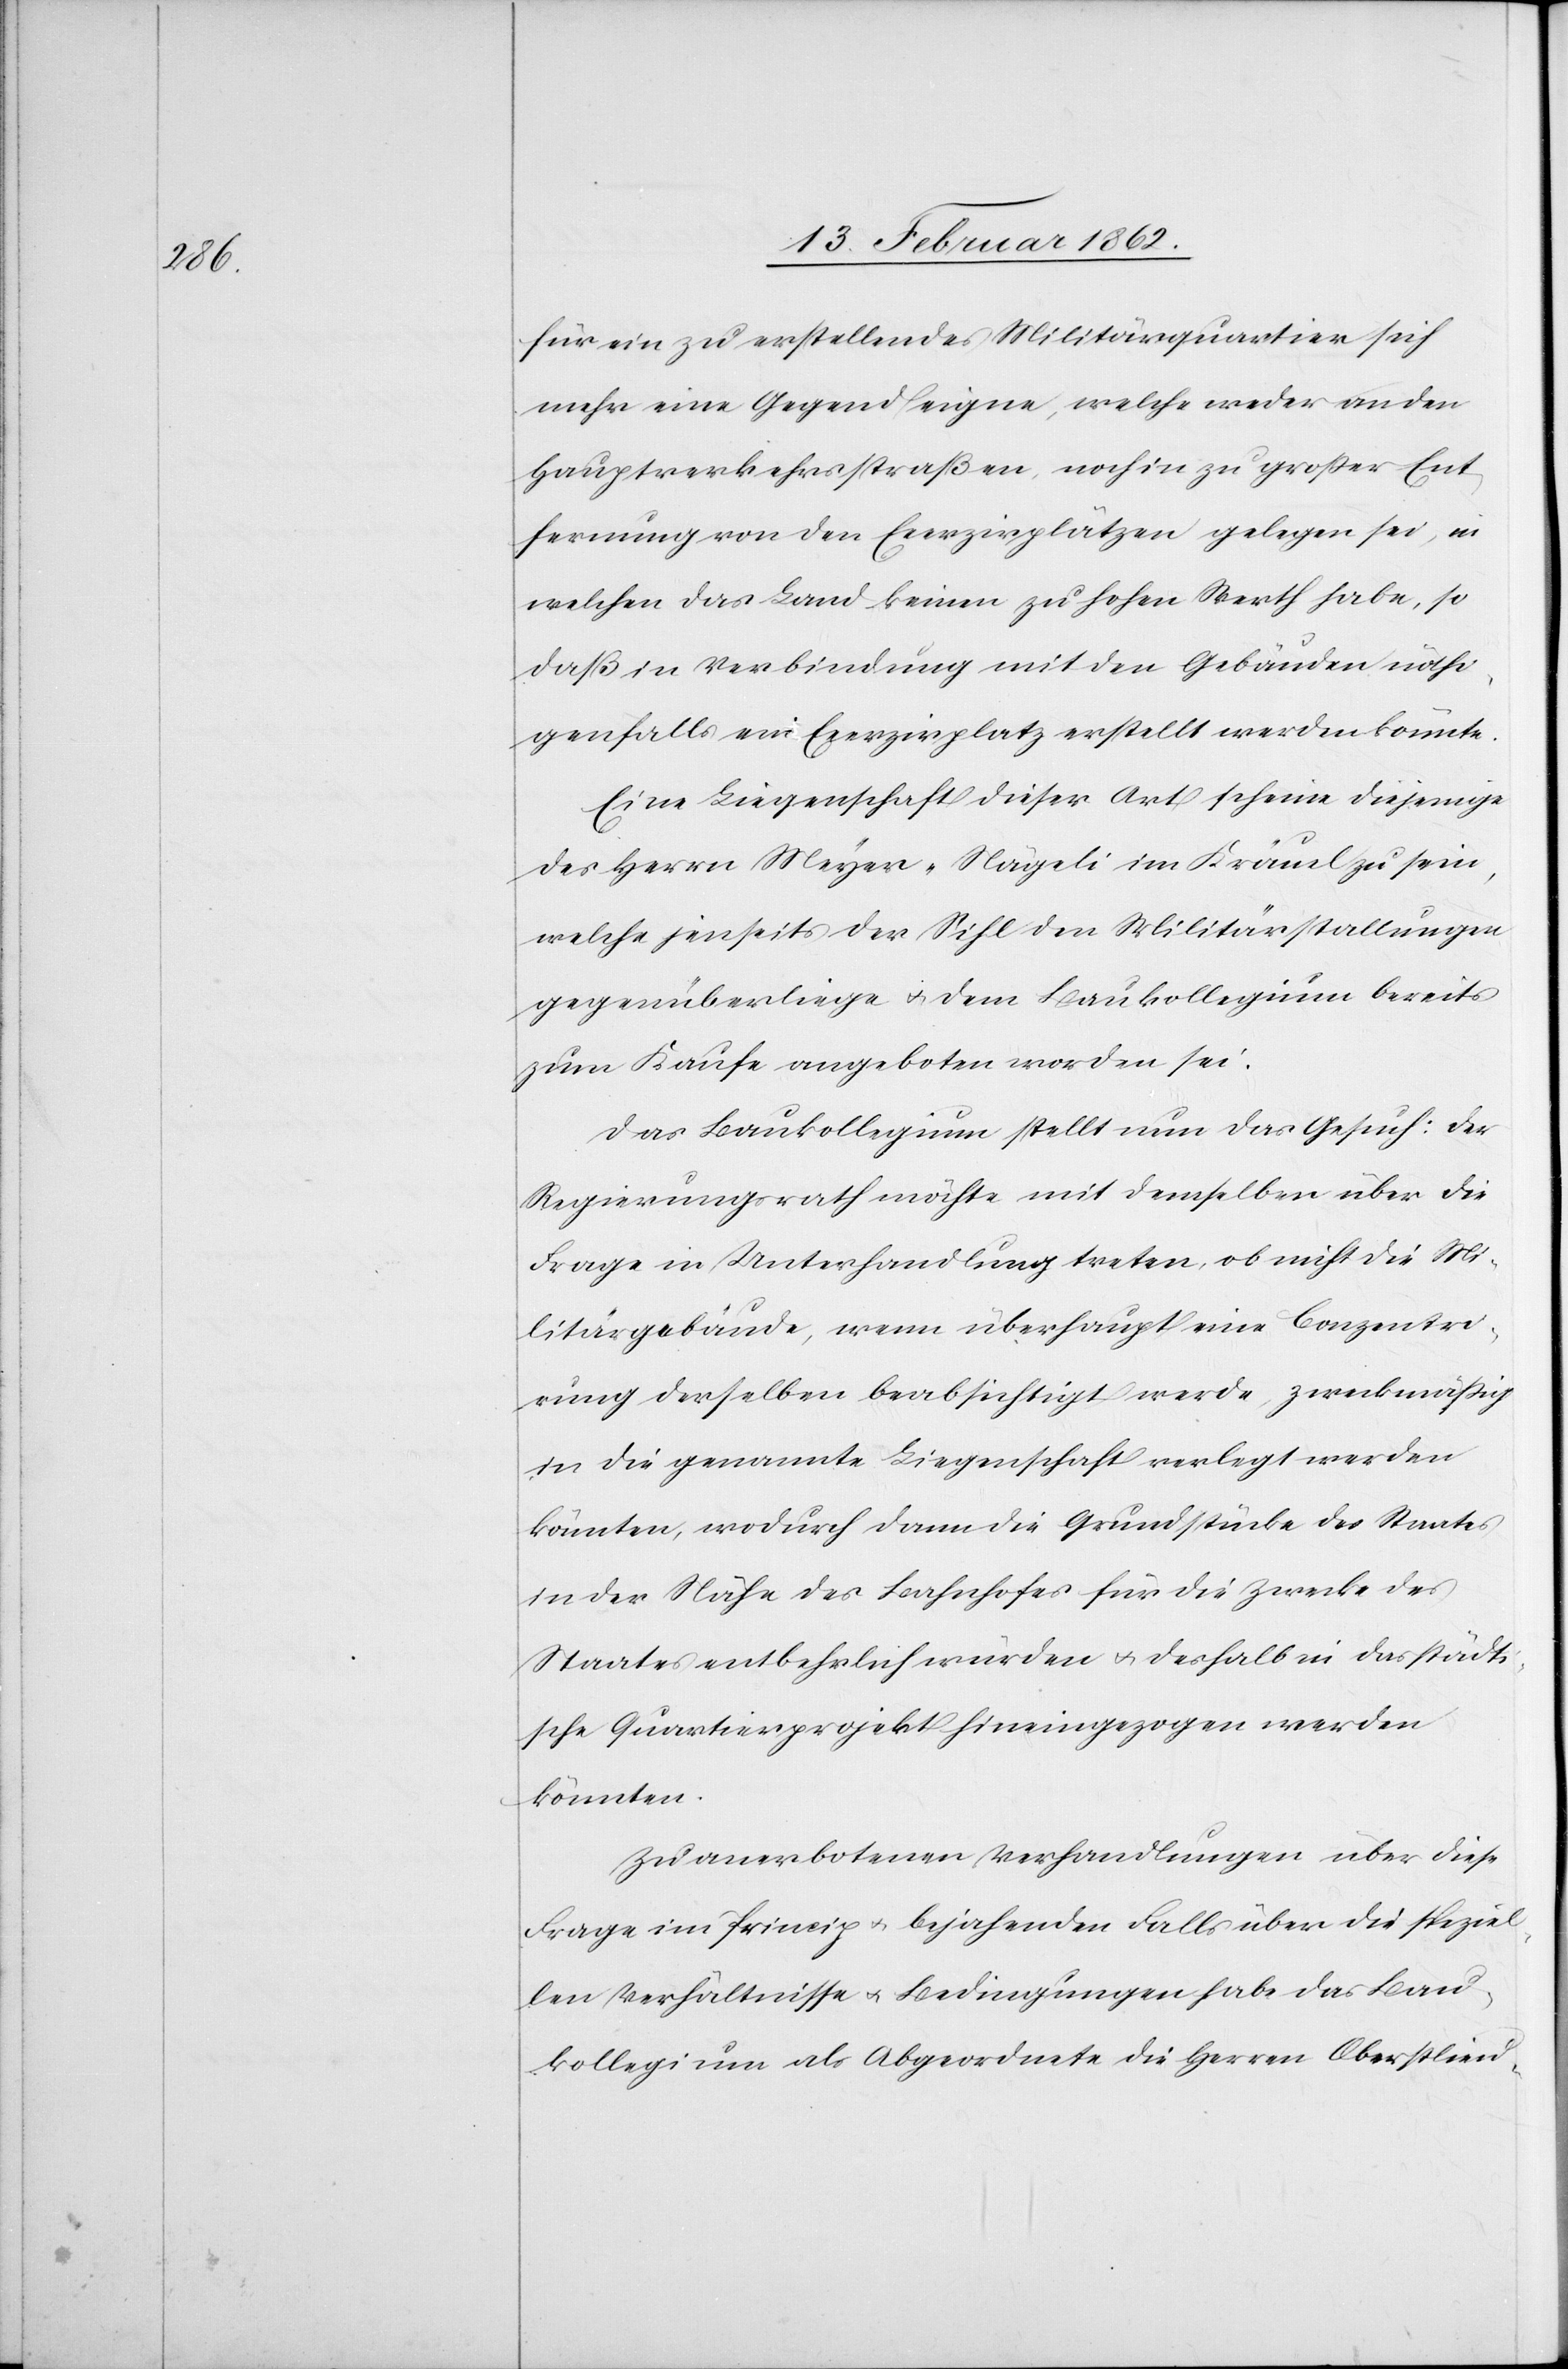
speziel¬

für ein zu erstellendes Militärquartier sich
mehr eine Gegend eigne, welche weder an den
Hauptverkehrsstraßen, noch in zu großer Ent¬
fernung von den Exerzirplätzen gelegen sei, in
welchen das Land keinen zu hohen Werth habe, so
daß in Verbindung mit den Gebäuden nöthi¬
genfalls ein Exerzirplatz erstellt werden könnte.
Eine Liegenschaft dieser Art scheine diejenige
des Herrn Meyer-Nägeli im Kräuel zu sein,
welche jenseits der Sihl den Militärstallungen
gegenüberliege u. dem Baukollegium bereits
zum Kaufe angeboten worden sei.
Das Baukollegium stellt nun das Gesuch: der
Regierungsrath möchte mit demselben über die
Frage in Unterhandlung treten, ob nicht die Mi¬
litärgebäude, wenn überhaupt eine Conzentri¬
rung derselben beabsichtigt werde, zweckmäßig
in die genannte Liegenschaft verlegt werden
könnten, wodurch dann die Grundstücke des Staates
in der Nähe des Bahnhofes für die Zwecke des
Staates entbehrlich würden u. deshalb in das städti¬
sche Quartierprojekt hineingezogen werden
könnten.
Zu anerbotenen Verhandlungen über diese
len Verhältnisse u. Bedingungen habe das Bau¬
kollegium nun als Abgeordnete die Herren Oberlieu-